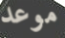
موعد